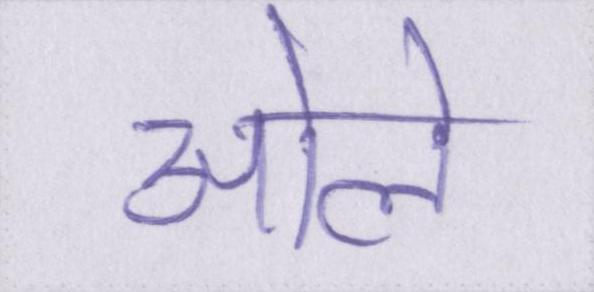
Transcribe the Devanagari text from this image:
ओले